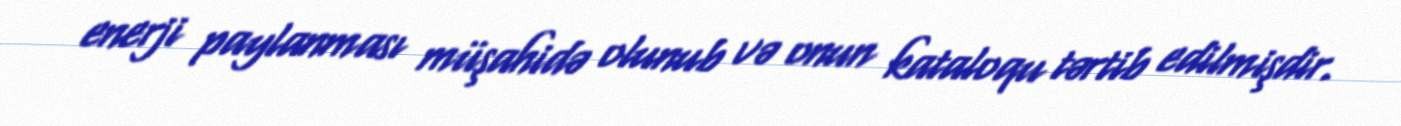
enerji paylanması müşahidə olunub və onun kataloqu tərtib edilmişdir.